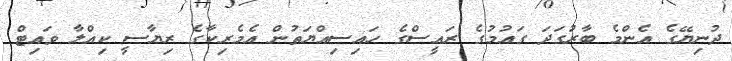
ދުނިޔޭގެ އެންމެ ބާރުގަދަ ގައުމުގެ ރައީސްގެ ހައިސިއްޔަތުން އެމެރިކާގެ ރިޔާސީ ކިއްލާ ވައިޓް